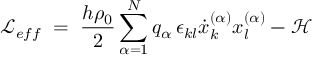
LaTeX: { \mathcal L } _ { e f f } \; = \; \frac { h \rho _ { 0 } } { 2 } \sum _ { \alpha = 1 } ^ { N } q _ { \alpha } \, \epsilon _ { k l } \dot { x } _ { k } ^ { ( \alpha ) } x _ { l } ^ { ( \alpha ) } - { \mathcal H }